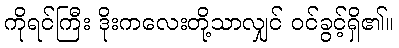
ကိုရင်ကြီး ဒိုးကလေးတို့သာလျှင် ဝင်ခွင့်ရှိ၏။